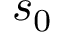
s _ { 0 }